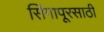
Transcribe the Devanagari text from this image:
सिंगापूरसाठी